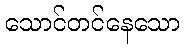
သောင်တင်နေသော